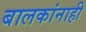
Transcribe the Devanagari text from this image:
बालकांनाही